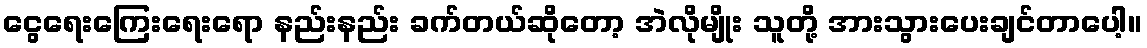
ငွေရေးကြေးရေးရော နည်းနည်း ခက်တယ်ဆိုတော့ အဲလိုမျိုး သူတို့ အားသွားပေးချင်တာပေါ့။